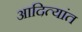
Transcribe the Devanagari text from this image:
आदित्यांत